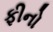
ફીનો